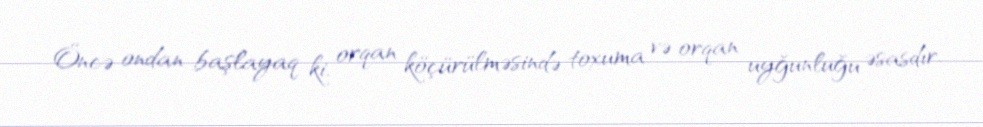
Öncə ondan başlayaq ki, orqan köçürülməsində toxuma və orqan uyğunluğu əsasdır.